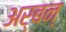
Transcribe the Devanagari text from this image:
अर्बन्